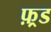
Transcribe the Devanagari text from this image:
फ़्रड